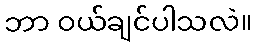
ဘာ ဝယ်ချင်ပါသလဲ။